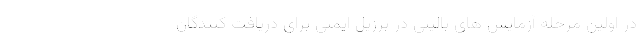
در اولین مرحله آزمایش های بالینی در برزیل ایمنی براي دريافت کنندگان